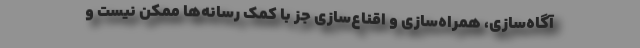
آگاه‌سازی، همراه‌سازی و اقناع‌سازی جز با کمک رسانه‌ها ممکن نیست و